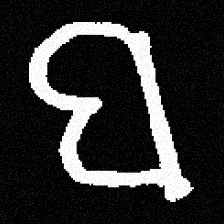
Pyu character \u2014 Myanmar letter: ဗ (romanized: ba)